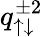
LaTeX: q_{\uparrow\downarrow}^{\pm 2}